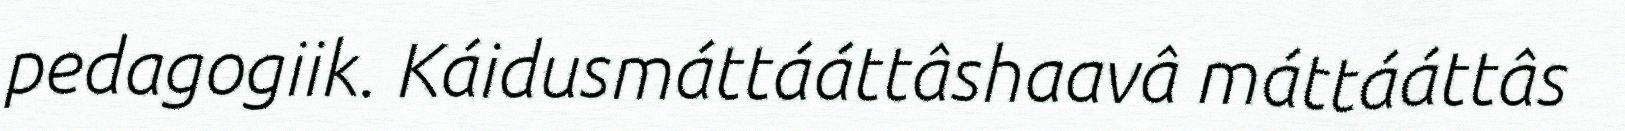
pedagogiik. Káidusmáttááttâshaavâ máttááttâs